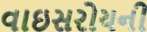
વાઇસરોયની